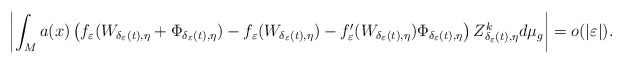
\begin{align*}\left|\int_{M}a(x)\left(f_{\varepsilon}(W_{\delta_{\varepsilon}(t),\eta}+\Phi_{\delta_{\varepsilon}(t),\eta})-f_{\varepsilon}(W_{\delta_{\varepsilon}(t),\eta})-f_{\varepsilon}'(W_{\delta_{\varepsilon}(t),\eta})\Phi_{\delta_{\varepsilon}(t),\eta}\right)Z_{\delta_{\varepsilon}(t),\eta}^{k}d\mu_{g}\right|=o(|\varepsilon|).\end{align*}